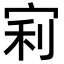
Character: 𡨖